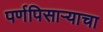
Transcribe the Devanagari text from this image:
पर्णपिसाऱ्याचा